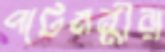
পাটমন্ত্রীরা